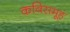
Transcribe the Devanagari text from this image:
कविसमूह